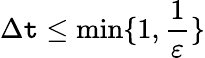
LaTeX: \Delta\mathtt{t}\leq\operatorname*{min}\lbrace1,\frac{{1}}{{\varepsilon}}\rbrace